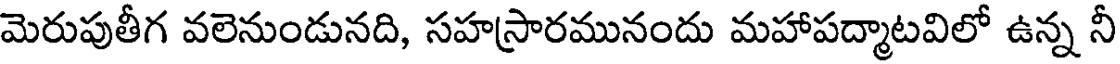
మెరుపుతీగ వలెనుండునది, సహస్రారమునందు మహాపద్మాటవిలో ఉన్న నీ